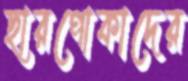
ছারপোকাদের